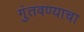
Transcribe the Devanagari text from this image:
गुंतवण्याचा